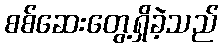
စစ်ဆေးတွေ့ရှိခဲ့သည်